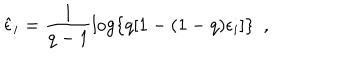
\hat { \epsilon } _ { i } = \frac { 1 } { q - 1 } \log \{ q [ 1 - ( 1 - q ) \epsilon _ { i } ] \} \ \ ,